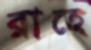
রাহে